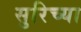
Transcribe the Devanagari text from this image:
सुरिच्या